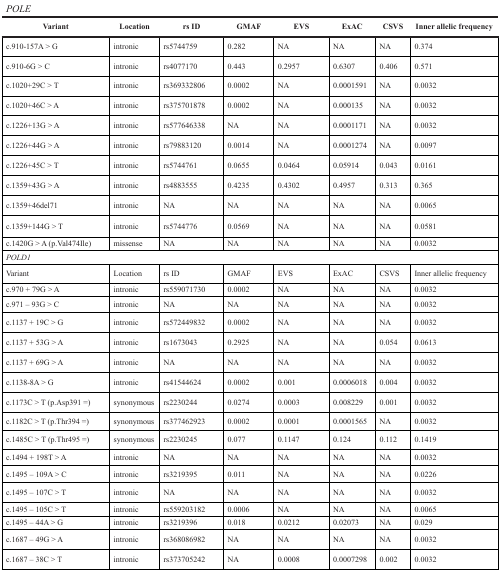
<table><thead><tr><td colspan="8"><b><i>POLE</i></b></td></tr><tr><td><b>Variant</b></td><td><b>Location</b></td><td><b>rs ID</b></td><td><b>GMAF</b></td><td><b>EVS</b></td><td><b>ExAC</b></td><td><b>CSVS</b></td><td><b>Inner allelic frequency</b></td></tr></thead><tbody><tr><td>c.910-157A &gt; G</td><td>intronic</td><td>rs5744759</td><td>0.282</td><td>NA</td><td>NA</td><td>NA</td><td>0.374</td></tr><tr><td>c.910-6G &gt; C</td><td>intronic</td><td>rs4077170</td><td>0.443</td><td>0.2957</td><td>0.6307</td><td>0.406</td><td>0.571</td></tr><tr><td>c.1020+29C &gt; T</td><td>intronic</td><td>rs369332806</td><td>0.0002</td><td>NA</td><td>0.0001591</td><td>NA</td><td>0.0032</td></tr><tr><td>c.1020+46C &gt; A</td><td>intronic</td><td>rs375701878</td><td>0.0002</td><td>NA</td><td>0.000135</td><td>NA</td><td>0.0032</td></tr><tr><td>c.1226+13G &gt; A</td><td>intronic</td><td>rs577646338</td><td>NA</td><td>NA</td><td>0.0001171</td><td>NA</td><td>0.0032</td></tr><tr><td>c.1226+44G &gt; A</td><td>intronic</td><td>rs79883120</td><td>0.0014</td><td>NA</td><td>0.0001274</td><td>NA</td><td>0.0097</td></tr><tr><td>c.1226+45C &gt; T</td><td>intronic</td><td>rs5744761</td><td>0.0655</td><td>0.0464</td><td>0.05914</td><td>0.043</td><td>0.0161</td></tr><tr><td>c.1359+43G &gt; A</td><td>intronic</td><td>rs4883555</td><td>0.4235</td><td>0.4302</td><td>0.4957</td><td>0.313</td><td>0.365</td></tr><tr><td>c.1359+46del71</td><td>intronic</td><td>NA</td><td>NA</td><td>NA</td><td>NA</td><td>NA</td><td>0.0065</td></tr><tr><td>c.1359+144G &gt; T</td><td>intronic</td><td>rs5744776</td><td>0.0569</td><td>NA</td><td>NA</td><td>NA</td><td>0.0581</td></tr><tr><td>c.1420G &gt; A (p.Val474Ile)</td><td>missense</td><td>NA</td><td>NA</td><td>NA</td><td>NA</td><td>NA</td><td>0.0032</td></tr><tr><td colspan="8"><i>POLD1</i></td></tr><tr><td>Variant</td><td>Location</td><td>rs ID</td><td>GMAF</td><td>EVS</td><td>ExAC</td><td>CSVS</td><td>Inner allelic frequency</td></tr><tr><td>c.970 + 79G &gt; A</td><td>intronic</td><td>rs559071730</td><td>0.0002</td><td>NA</td><td>NA</td><td>NA</td><td>0.0032</td></tr><tr><td>c.971 – 93G &gt; C</td><td>intronic</td><td>NA</td><td>NA</td><td>NA</td><td>NA</td><td>NA</td><td>0.0032</td></tr><tr><td>c.1137 + 19C &gt; G</td><td>intronic</td><td>rs572449832</td><td>0.0002</td><td>NA</td><td>NA</td><td>NA</td><td>0.0032</td></tr><tr><td>c.1137 + 53G &gt; A</td><td>intronic</td><td>rs1673043</td><td>0.2925</td><td>NA</td><td>NA</td><td>0.054</td><td>0.0613</td></tr><tr><td>c.1137 + 69G &gt; A</td><td>intronic</td><td>NA</td><td>NA</td><td>NA</td><td>NA</td><td>NA</td><td>0.0032</td></tr><tr><td>c.1138-8A &gt; G</td><td>intronic</td><td>rs41544624</td><td>0.0002</td><td>0.001</td><td>0.0006018</td><td>0.004</td><td>0.0032</td></tr><tr><td>c.1173C &gt; T (p.Asp391 =)</td><td>synonymous</td><td>rs2230244</td><td>0.0274</td><td>0.0003</td><td>0.008229</td><td>0.001</td><td>0.0032</td></tr><tr><td>c.1182C &gt; T (p.Thr394 =)</td><td>synonymous</td><td>rs377462923</td><td>0.0002</td><td>0.0001</td><td>0.0001565</td><td>NA</td><td>0.0032</td></tr><tr><td>c.1485C &gt; T (p.Thr495 =)</td><td>synonymous</td><td>rs2230245</td><td>0.077</td><td>0.1147</td><td>0.124</td><td>0.112</td><td>0.1419</td></tr><tr><td>c.1494 + 198T &gt; A</td><td>intronic</td><td>NA</td><td>NA</td><td>NA</td><td>NA</td><td>NA</td><td>0.0032</td></tr><tr><td>c.1495 – 109A &gt; C</td><td>intronic</td><td>rs3219395</td><td>0.011</td><td>NA</td><td>NA</td><td>NA</td><td>0.0226</td></tr><tr><td>c.1495 – 107C &gt; T</td><td>intronic</td><td>NA</td><td>NA</td><td>NA</td><td>NA</td><td>NA</td><td>0.0032</td></tr><tr><td>c.1495 – 105C &gt; T</td><td>intronic</td><td>rs559203182</td><td>0.0006</td><td>NA</td><td>NA</td><td>NA</td><td>0.0065</td></tr><tr><td>c.1495 – 44A &gt; G</td><td>intronic</td><td>rs3219396</td><td>0.018</td><td>0.0212</td><td>0.02073</td><td>NA</td><td>0.029</td></tr><tr><td>c.1687 – 49G &gt; A</td><td>intronic</td><td>rs368086982</td><td>NA</td><td>NA</td><td>NA</td><td>NA</td><td>0.0032</td></tr><tr><td>c.1687 – 38C &gt; T</td><td>intronic</td><td>rs373705242</td><td>NA</td><td>0.0008</td><td>0.0007298</td><td>0.002</td><td>0.0032</td></tr></tbody></table>